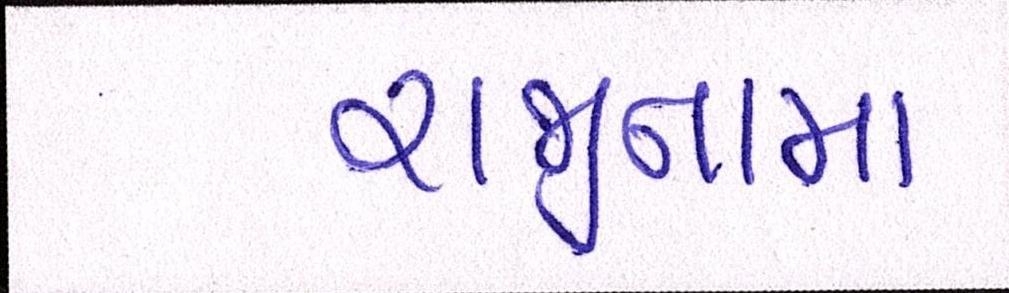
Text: રાજીનામા